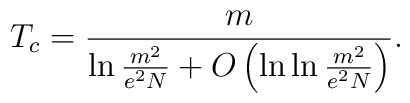
T_c=\frac{m}{\ln\frac{m^2}{e^2N}+O\left(\ln\ln\frac{m^2}{e^2N}\right)}.